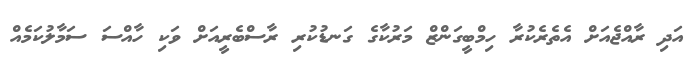
އަދި ރާއްޖެއަށް އެތެރެކުރާ ހިމްބީގަންޒް މަރުކާގެ ގަނޑުކުރި ރާސްބެރީއަށް ވަކި ހާއްސަ ސަމާލުކަމެއް